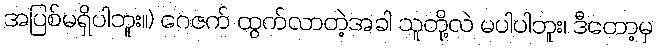
အပြစ်မရှိပါဘူး။) ဂေဇက် ထွက်လာတဲ့အခါ သူတို့လဲ မပါပါဘူး၊ ဒီတော့မှ